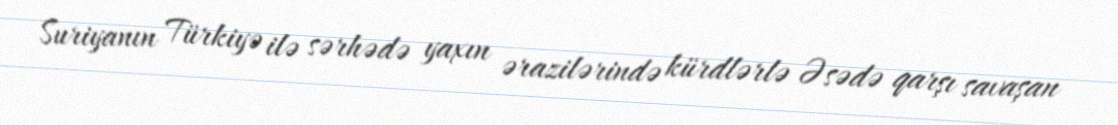
Suriyanın Türkiyə ilə sərhədə yaxın ərazilərində kürdlərlə Əsədə qarşı savaşan